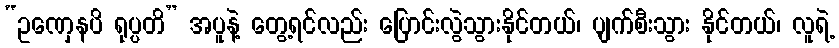
“ဥဏှေနပိ ရုပ္ပတိ” အပူနဲ့ တွေ့ရင်လည်း ပြောင်းလွဲသွားနိုင်တယ်၊ ပျက်စီးသွား နိုင်တယ်၊ လူရဲ့